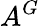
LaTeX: A^{G}